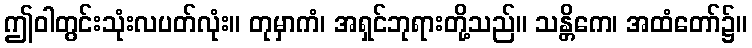
ဤဝါတွင်းသုံးလပတ်လုံး။ တုမှာကံ၊ အရှင်ဘုရားတို့သည်။ သန္တိကေ၊ အထံတော်၌။